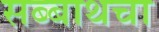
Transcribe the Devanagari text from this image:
सब्बाथचा